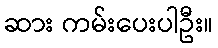
ဆား ကမ်းပေးပါဦး။